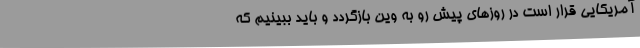
آمریکایی قرار است در روزهای پیش رو به وین بازگردد و باید ببینیم که